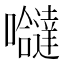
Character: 𭌸